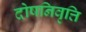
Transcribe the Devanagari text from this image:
दोषनिवृत्ति